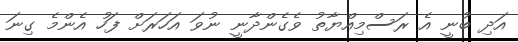
އަދި ބުނީ އެ ރަސްމިއްޔާތު ވެގެންދާނީ ނުވަ އަހަރަށް ފަހު އެންމެ ގިނަ